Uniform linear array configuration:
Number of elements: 16
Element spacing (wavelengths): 0.75
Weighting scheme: hann
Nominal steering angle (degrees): -30
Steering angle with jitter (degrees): -28.275
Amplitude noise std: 0.05
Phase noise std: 0.05

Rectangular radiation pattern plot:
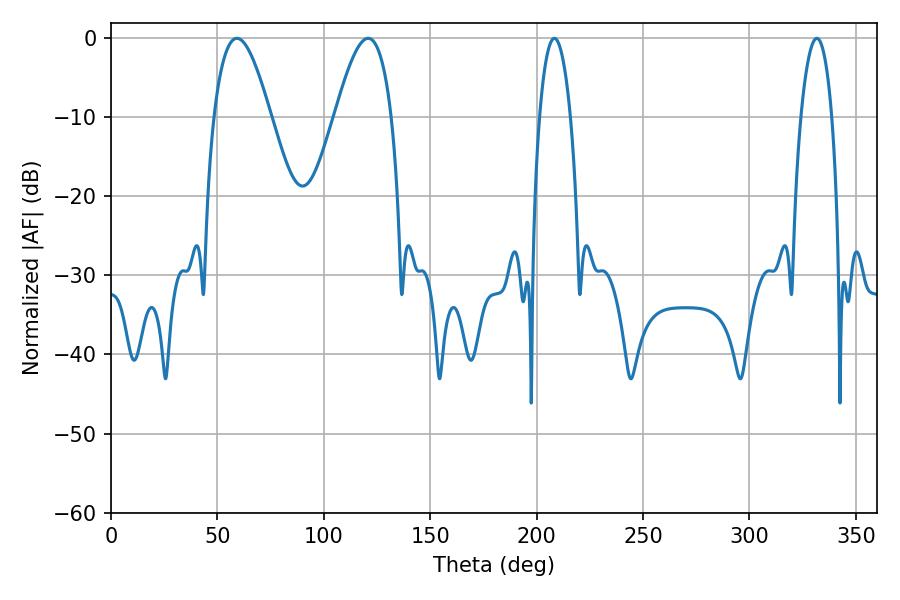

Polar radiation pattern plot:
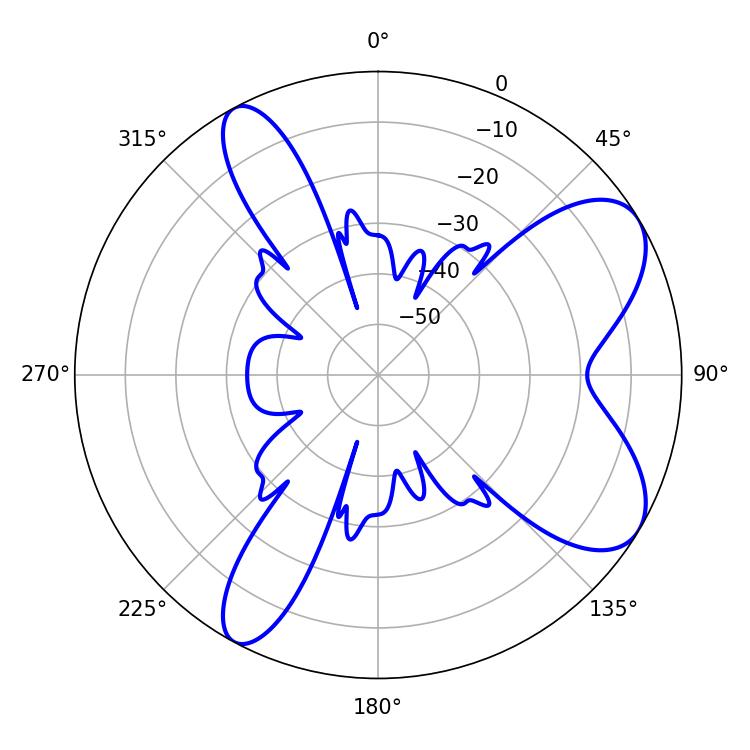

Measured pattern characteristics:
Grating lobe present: TRUE
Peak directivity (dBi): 7.742
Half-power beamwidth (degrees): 14.4
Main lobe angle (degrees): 120.78